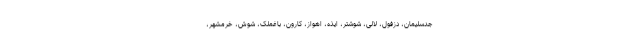
جدسلیمان، دزفول، لالی، شوشتر، ایذه، اهواز، کارون، باغملک، شوش، خرمشهر،